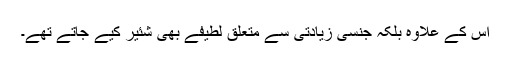
اس کے علاوہ بلکہ جنسی زیادتی سے متعلق لطیفے بھی شئیر کیے جاتے تھے۔